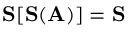
\mathbf { S } [ \mathbf { S } ( \mathbf { A } ) ] = \mathbf { S }